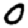
Digit: 0